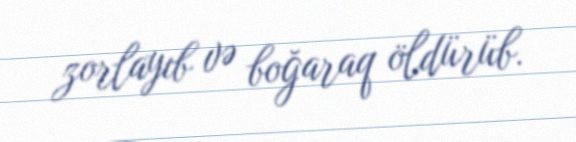
zorlayıb və boğaraq öldürüb.